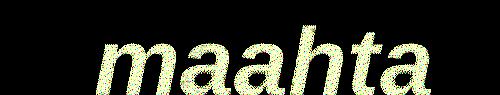
maahta